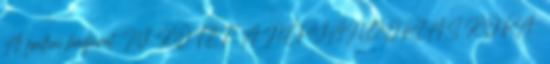
A galliai hadjárat. IV. KÖTET: A NÉPVÁNDORLÁS KORA 